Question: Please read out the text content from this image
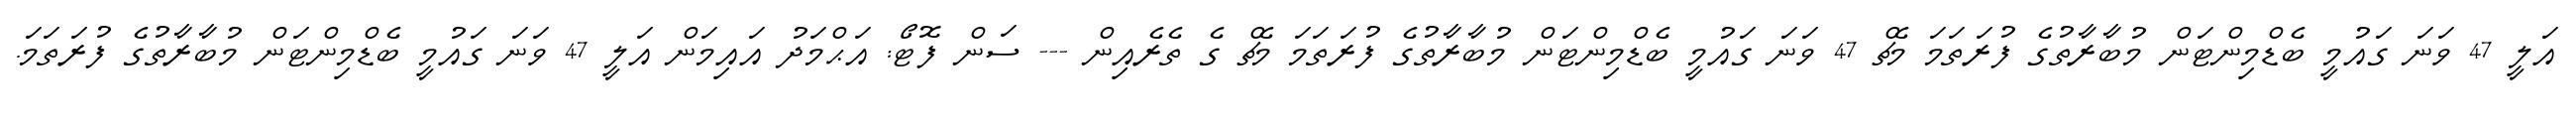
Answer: އަލީ 47 ވަނަ ގައުމީ ބެޑްމިންޓަން މުބާރާތުގެ ފުރަތަމަ މެޗް 47 ވަނަ ގައުމީ ބެޑްމިންޓަން މުބާރާތުގެ ފުރަތަމަ މެޗް ގެ ތެރެއިން --- ސަން ފޮޓޯ: އަޙްމަދު އައިމަން އަލީ 47 ވަނަ ގައުމީ ބެޑްމިންޓަން މުބާރާތުގެ ފުރަތަމަ.